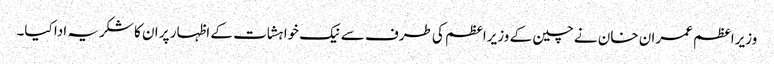
وزیراعظم عمران خان نے چین کے وزیراعظم کی طرف سے نیک خواہشات کے اظہار پر ان کا شکریہ ادا کیا۔